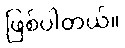
ဖြစ်ပါတယ်။